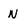
Character: N